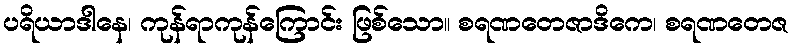
ပရိယာဒါနေ၊ ကုန်ရာကုန်ကြောင်း ဖြစ်သော။ စရဏတေဇာဒိကေ၊ စရဏတေဇ